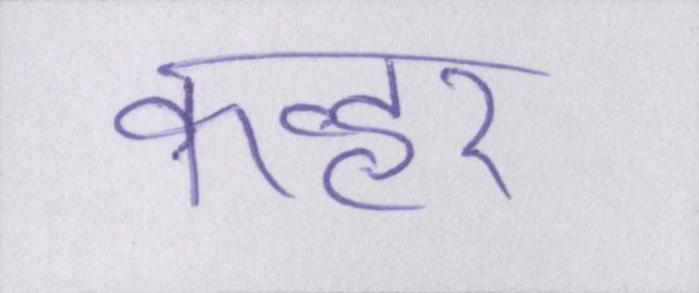
कव्हर